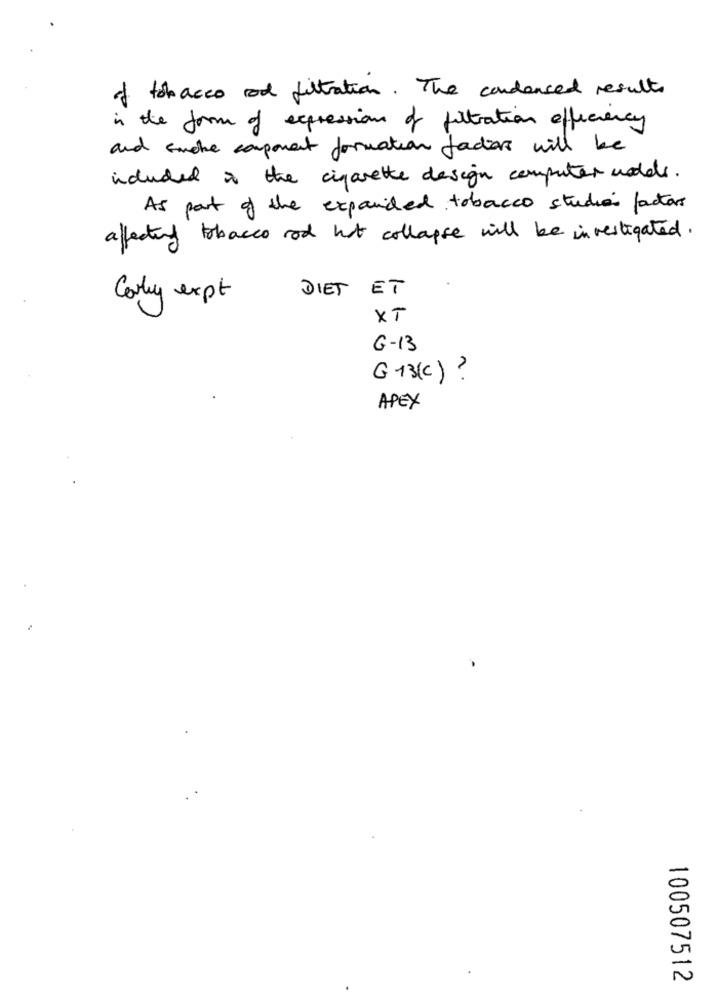
of tobacco od filtration. The condensed results
in the form of expression of filtration efficiency
and smoke component formation factor will be
induded is the cigarette design computer wedels.
As part of the expanded tobacco studies factors
affecting tobacco rod hat collapse will be investigated.
DIET ET
Carly expt
XT
G-13
G 13(c) ?
APEX
100507512